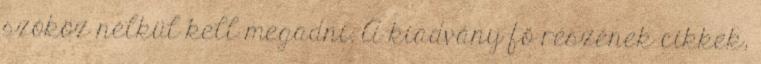
szóköz nélkül kell megadni. A kiadvány fő részének cikkek,